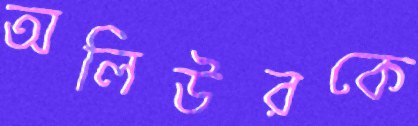
অলিউরকে